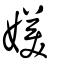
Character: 媄